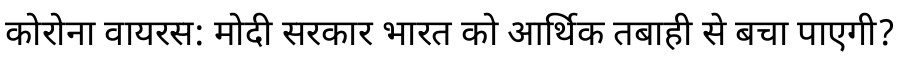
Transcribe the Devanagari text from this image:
कोरोना वायरस: मोदी सरकार भारत को आर्थिक तबाही से बचा पाएगी?